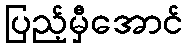
ပြည့်မှီအောင်